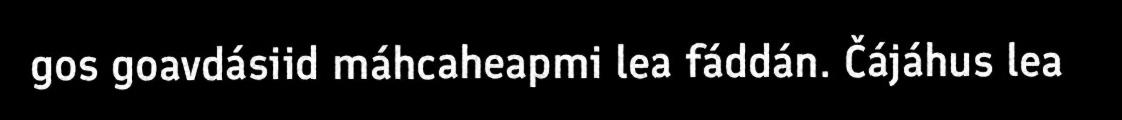
gos goavdásiid máhcaheapmi lea fáddán. Čájáhus lea